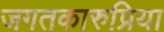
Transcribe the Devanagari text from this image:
जगतकारुप्रिया